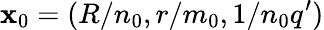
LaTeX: \mathbf{x}_{0}=(R/n_{0},r/m_{0},1/n_{0}q^{\prime})